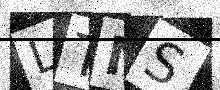
Text: LTMS